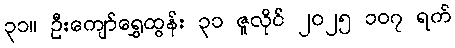
၃၁။ ဦးကျော်ရွှေထွန်း ၃၁ ဇူလိုင် ၂၀၂၅ ၁၀၇ ရက်